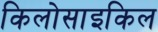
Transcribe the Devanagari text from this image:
किलोसाइकिल